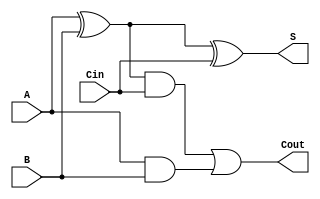
module FullAdder (S,Cout,A,B,Cin);
   output S,Cout;
   input A,B,Cin;

   xor (Xor_A_B,A,B);
   xor (S,Xor_A_B,Cin);
   and (And_AB_Cin,Xor_A_B,Cin);
   and (And_A_B,A,B);
   or  (Cout,And_AB_Cin,And_A_B);
endmodule